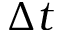
\Delta t